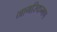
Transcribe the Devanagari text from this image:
नागरिकगण